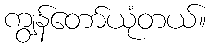
ကျွန်တော်ယုံတယ်။